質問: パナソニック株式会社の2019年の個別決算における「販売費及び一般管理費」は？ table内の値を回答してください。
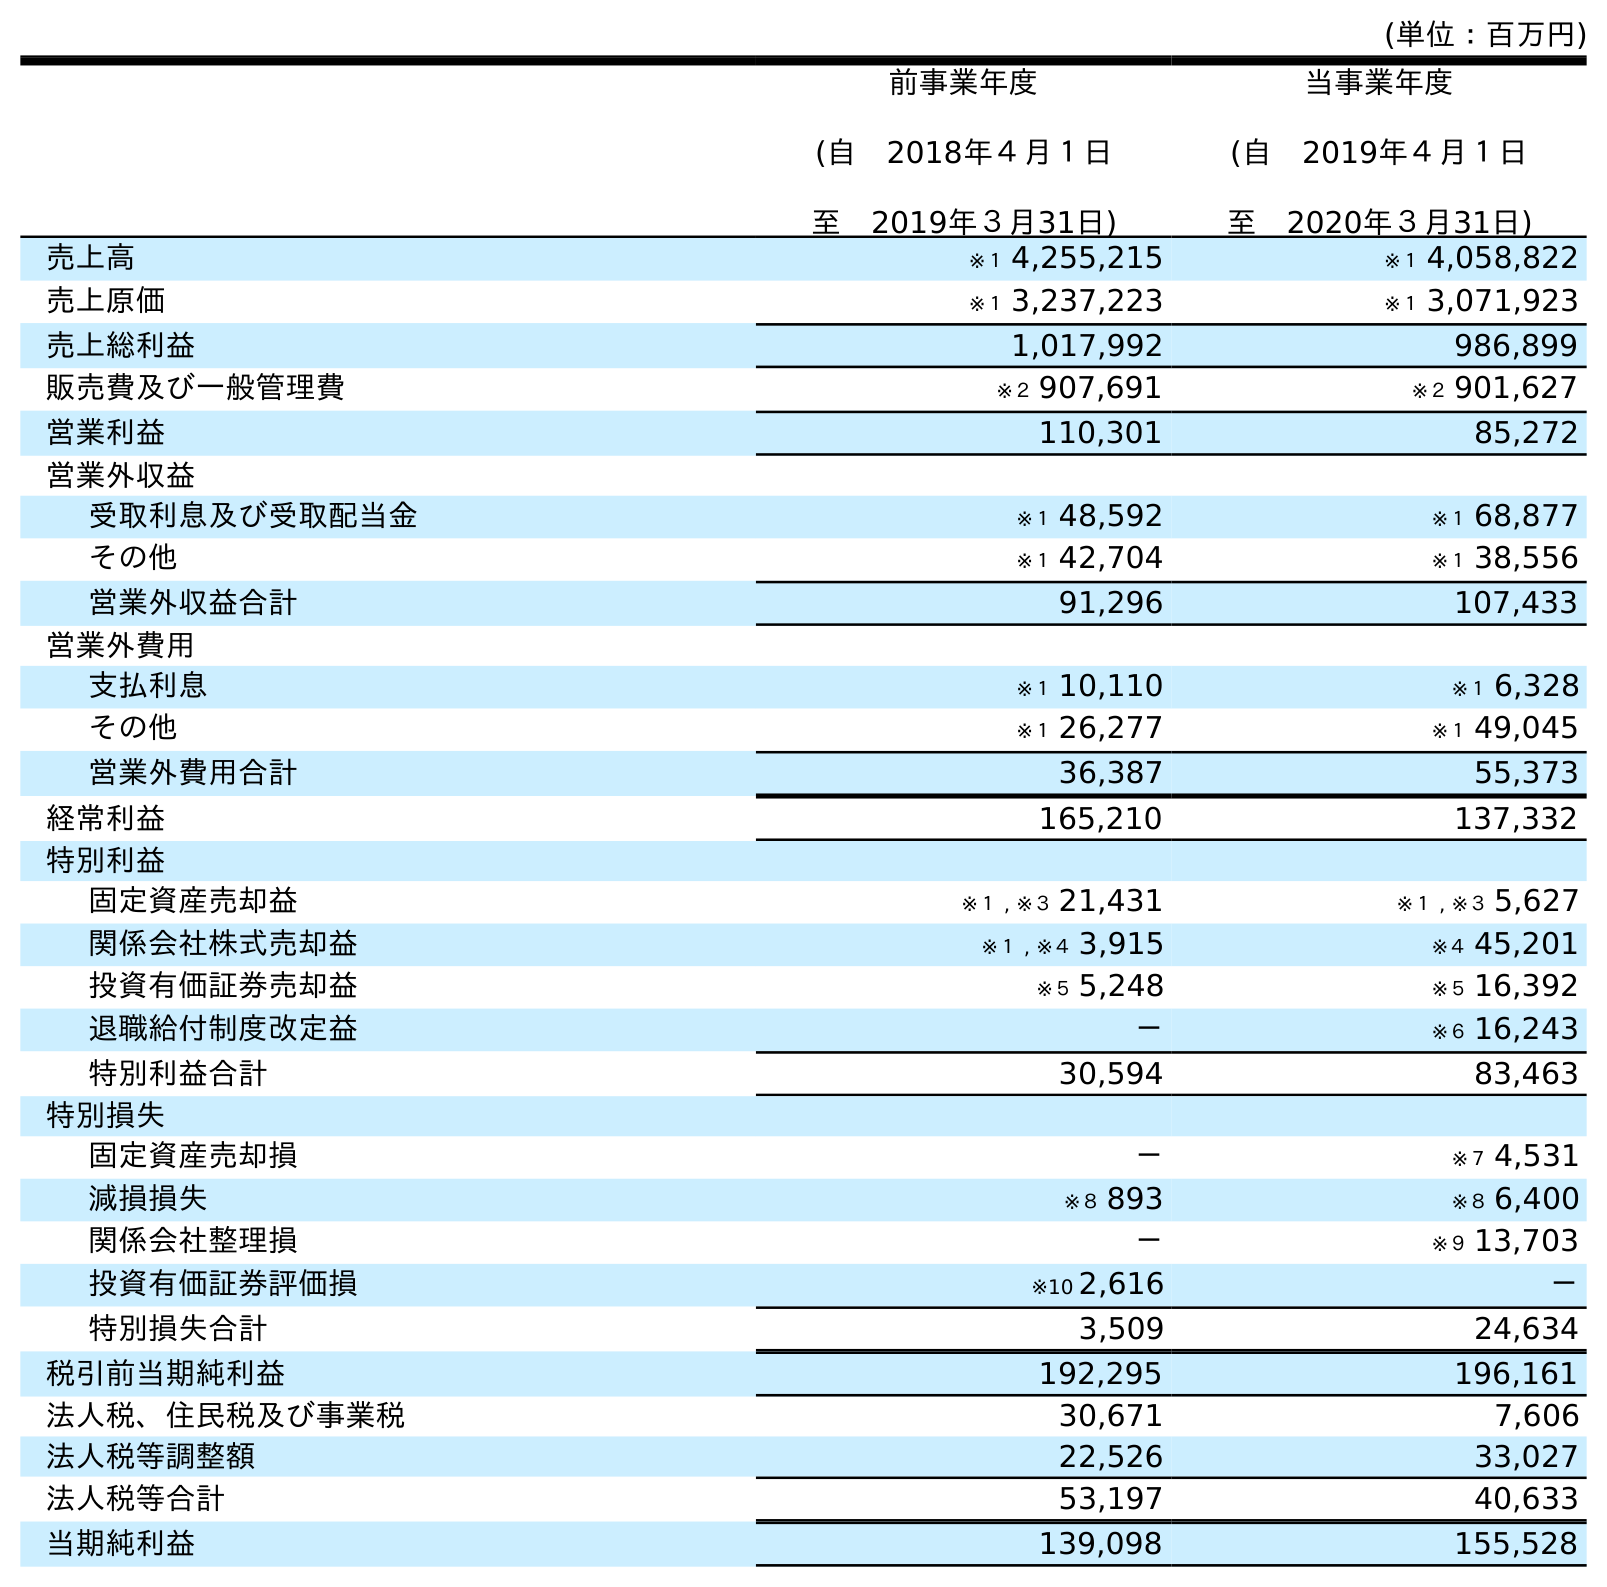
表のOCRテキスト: (単位：百万円) 前事業年度 (自 2018年４月１日 至 2019年３月31日) 当事業年度 (自 2019年４月１日 至 2020年３月31日) 売上高 ※１ 4,255,215 ※１ 4,058,822 売上原価 ※１ 3,237,223 ※１ 3,071,923 売上総利益 1,017,992 986,899 販売費及び一般管理費 ※２ 907,691 ※２ 901,627 営業利益 110,301 85,272 営業外収益 受取利息及び受取配当金 ※１ 48,592 ※１ 68,877 その他 ※１ 42,704 ※１ 38,556 営業外収益合計 91,296 107,433 営業外費用 支払利息 ※１ 10,110 ※１ 6,328 その他 ※１ 26,277 ※１ 49,045 営業外費用合計 36,387 55,373 経常利益 165,210 137,332 特別利益 固定資産売却益 ※１ , ※３ 21,431 ※１ , ※３ 5,627 関係会社株式売却益 ※１ , ※４ 3,915 ※４ 45,201 投資有価証券売却益 ※５ 5,248 ※５ 16,392 退職給付制度改定益 － ※６ 16,243 特別利益合計 30,594 83,463 特別損失 固定資産売却損 － ※７ 4,531 減損損失 ※８ 893 ※８ 6,400 関係会社整理損 － ※９ 13,703 投資有価証券評価損 ※10 2,616 － 特別損失合計 3,509 24,634 税引前当期純利益 192,295 196,161 法人税、住民税及び事業税 30,671 7,606 法人税等調整額 22,526 33,027 法人税等合計 53,197 40,633 当期純利益 139,098 155,528
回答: ※２907,691